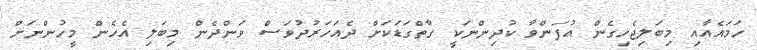
ހަމައެއާއި މިބަލިޖެހިގެން އުފަންވާ ކުދިންނަކީ ގާތްގަޑަކަށް ދެއަހަރުދުވަސް ވަންދެން މިބަލި އެހެން މީހުންނަށް